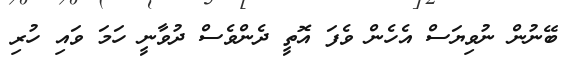
ބޭނުން ނުވިޔަސް އެހެން ވެފަ އޮތީ ދެންވެސް ދުވާނީ ހަމަ ވައި ހުރި